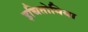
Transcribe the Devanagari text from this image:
इचितोमिया